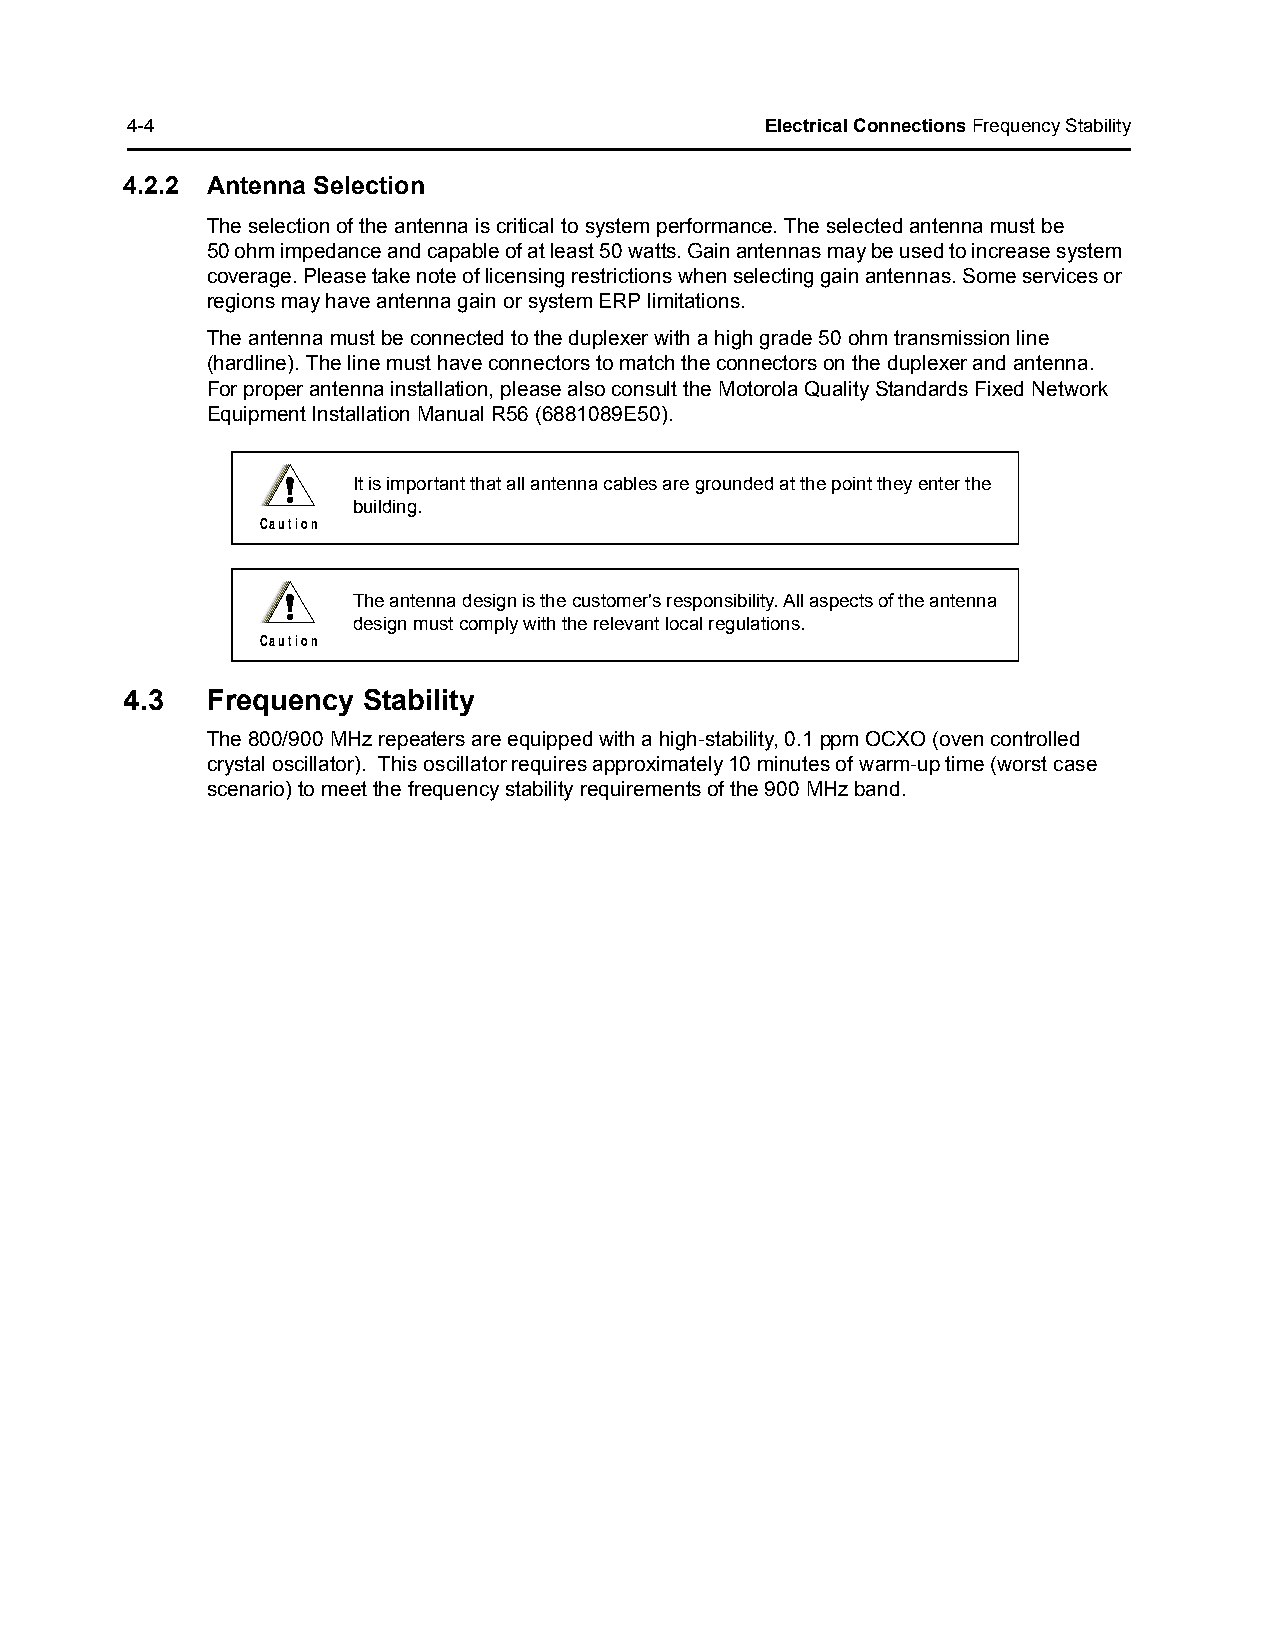
4-4                                        Electrical Connections Frequency Stability
 4.2.2 Antenna Selection
 The selection of the antenna is critical to system performance. The selected antenna must be
 50 ohm impedance and capable of at least 50 watts. Gain antennas may be used to increase system
 coverage. Please take note of licensing restrictions when selecting gain antennas. Some services or
 regions may have antenna gain or system ERP limitations.
 The antenna must be connected to the duplexer with a high grade 50 ohm transmission line
 (hardline). The line must have connectors to match the connectors on the duplexer and antenna.
 For proper antenna installation, please also consult the Motorola Quality Standards Fixed Network
 Equipment Installation Manual R56 (6881089E50).
 !   It is important that all antenna cables are grounded at the point they enter the
 building.
 C a u t i o n
 !   The antenna design is the customer's responsibility. All aspects of the antenna
 design must comply with the relevant local regulations.
 C a u t i o n
 4.3   Frequency Stability
 The 800/900 MHz repeaters are equipped with a high-stability, 0.1 ppm OCXO (oven controlled
 crystal oscillator). This oscillator requires approximately 10 minutes of warm-up time (worst case
 scenario) to meet the frequency stability requirements of the 900 MHz band.